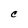
Character: C